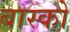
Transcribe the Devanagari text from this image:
बास्कों